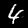
Label: 4